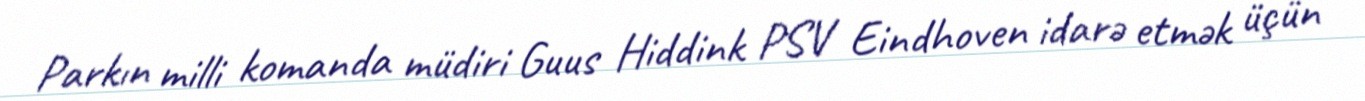
Parkın milli komanda müdiri Guus Hiddink PSV Eindhoven idarə etmək üçün